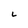
Character: L